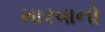
મારવાનો